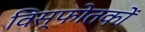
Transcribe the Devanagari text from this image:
विस्फोतकों